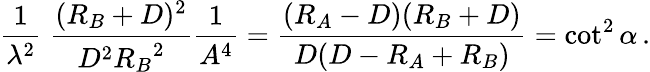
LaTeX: {\frac{1}{\lambda^{2}}}\; {\frac{(R_{B}+D)^{2}}{D^{2}{R_{B}}^{2}}}{\frac{1}{A^{4}}}={\frac{(R_{A}-D)(R_{B}+D)}{D(D-R_{A}+R_{B})}}=\cot^{2}\alpha\, .